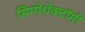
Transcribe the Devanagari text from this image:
सिम्पेथेक्टॉमी